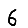
Digit: 6